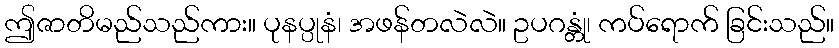
ဤဇာတိမည်သည်ကား။ ပုနပ္ပုနံ၊ အဖန်တလဲလဲ။ ဥပဂန္တုံ၊ ကပ်ရောက် ခြင်းသည်။